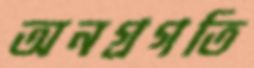
অনগ্রগতি